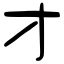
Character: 才